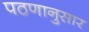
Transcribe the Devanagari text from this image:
पठणानुसार